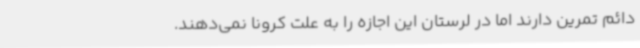
دائم تمرین دارند اما در لرستان این اجازه را به علت کرونا نمی‌دهند.